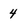
Character: 4